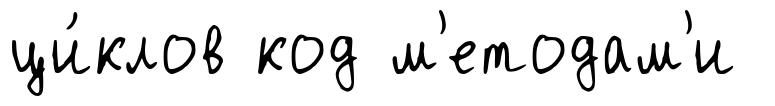
ци́клов код м'етодам'и